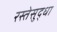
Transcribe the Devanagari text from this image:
रस्तेसुद्धा